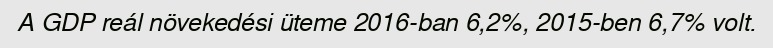
A GDP reál növekedési üteme 2016-ban 6,2%, 2015-ben 6,7% volt.